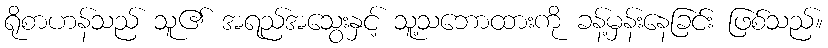
ရိုစာဟန်သည် သူ၏ အရည်အသွေးနှင့် သူ့သဘောထားကို ခန့်မှန်းနေခြင်း ဖြစ်သည်။